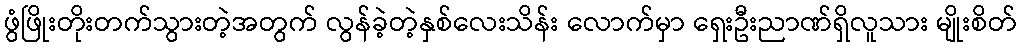
ဖွံဖြိုးတိုးတက်သွားတဲ့အတွက် လွန်ခဲ့တဲ့နှစ်လေးသိန်း လောက်မှာ ရှေးဦးညာဏ်ရှိလူသား မျိုးစိတ်